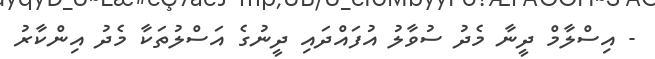
- އިސްލާމް ދީނާ މެދު ސުވާލު އުފައްދައި ދީނުގެ އަސްލުތަކާ މެދު އިންކާރު